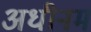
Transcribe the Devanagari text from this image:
अधीनम